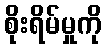
စိုးရိမ်မှုကို